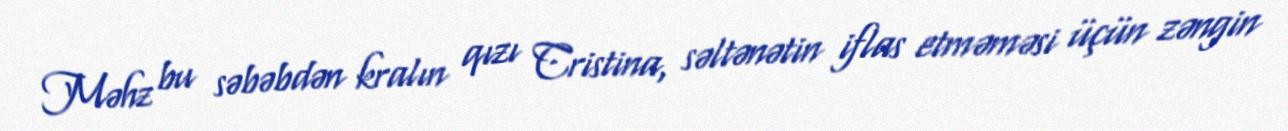
Məhz bu səbəbdən kralın qızı Cristina, səltənətin iflas etməməsi üçün zəngin